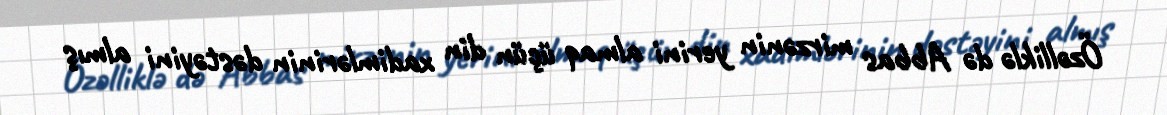
Özəlliklə də Abbas mirzənin yerini almaq üçün din xadimlərinin dəstəyini almış